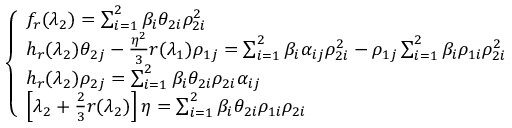
\left\{ \begin{array} { l l } { f _ { r } ( \lambda _ { 2 } ) = \sum _ { i = 1 } ^ { 2 } \beta _ { i } \theta _ { 2 i } \rho _ { 2 i } ^ { 2 } } \\ { h _ { r } ( \lambda _ { 2 } ) \theta _ { 2 j } - \frac { \eta ^ { 2 } } { 3 } r ( \lambda _ { 1 } ) \rho _ { 1 j } = \sum _ { i = 1 } ^ { 2 } \beta _ { i } \alpha _ { i j } \rho _ { 2 i } ^ { 2 } - \rho _ { 1 j } \sum _ { i = 1 } ^ { 2 } \beta _ { i } \rho _ { 1 i } \rho _ { 2 i } ^ { 2 } } \\ { h _ { r } ( \lambda _ { 2 } ) \rho _ { 2 j } = \sum _ { i = 1 } ^ { 2 } \beta _ { i } \theta _ { 2 i } \rho _ { 2 i } \alpha _ { i j } } \\ { \left[ \lambda _ { 2 } + \frac 2 3 r ( \lambda _ { 2 } ) \right] \eta = \sum _ { i = 1 } ^ { 2 } \beta _ { i } \theta _ { 2 i } \rho _ { 1 i } \rho _ { 2 i } } \end{array} \right.